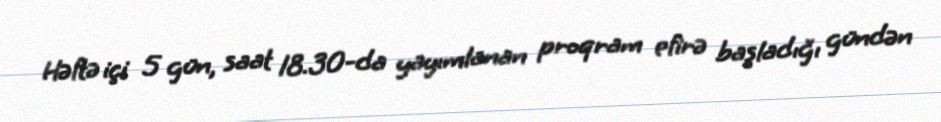
Həftə içi 5 gün, saat 18.30-da yayımlanan proqram efirə başladığı gündən